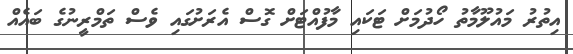
އިތުރު މައުލޫމާތު ހޯދުމަށް ޓަކައި މާފުއްޓަށް ގޮސް އެރަށުގައި ވެސް ތަމްރީނުގެ ބައެއް